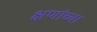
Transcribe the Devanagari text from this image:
क्षणांच्या